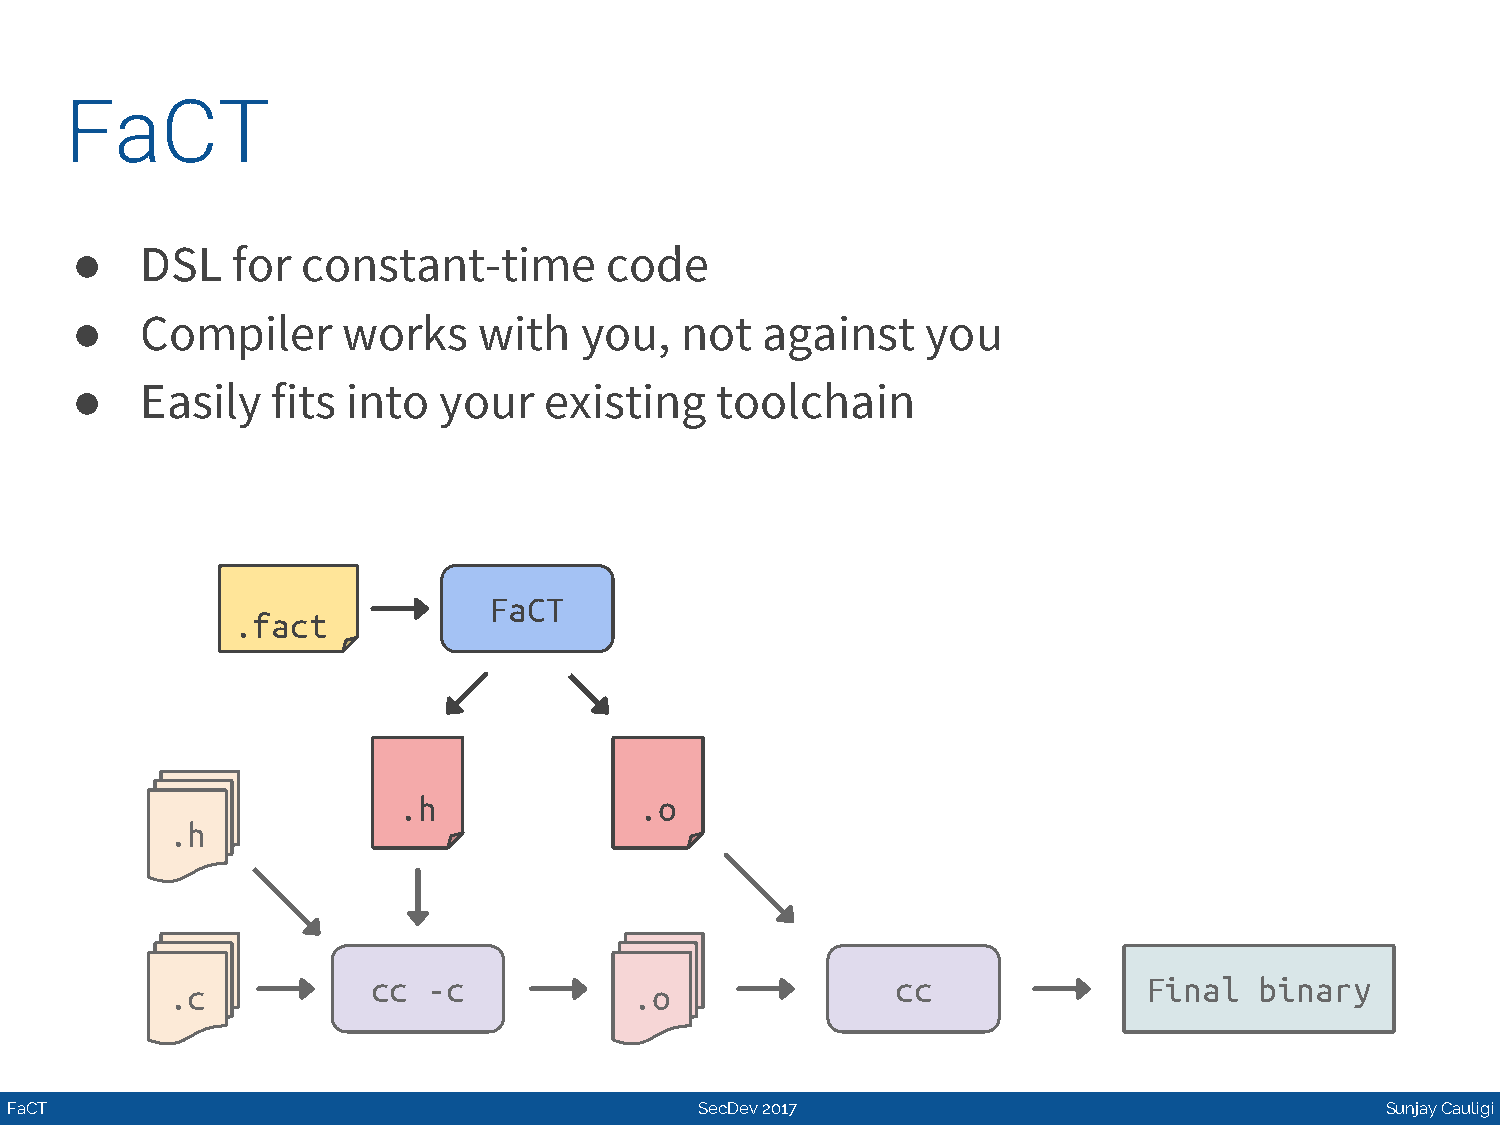
FaCT
 ●   DSL   for  constant-time       code
 ●   Compiler      works    with  you,   not  against    you
 ●   Easily   fits into  your   existing   toolchain
 FaCT
 .fact
 .h              .o
 .h
 cc -c                             cc               Final  binary
 .c                             .o
 FaCT                                          SecDev 2017                                   Sunjay Cauligi